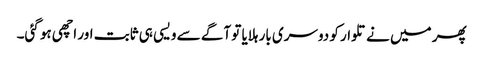
پھر میں نے تلوار کو دوسری بار ہلایا تو آگے سے ویسی ہی ثابت اور اچھی ہو گئی۔